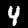
Digit: 4